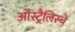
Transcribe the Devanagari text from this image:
ऑस्ट्रैलिस्चे